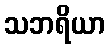
သဘရိယာ